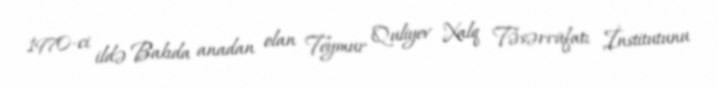
1970-ci ildə Bakıda anadan olan Teymur Quliyev Xalq Təsərrüfatı İnstitutunu